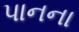
પાનના